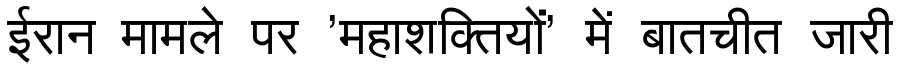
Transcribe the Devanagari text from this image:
ईरान मामले पर 'महाशक्तियों' में बातचीत जारी